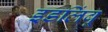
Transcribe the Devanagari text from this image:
इडलिंबू